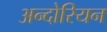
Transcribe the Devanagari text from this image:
अन्दोरियन